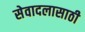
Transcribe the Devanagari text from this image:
सेवादलासाठी